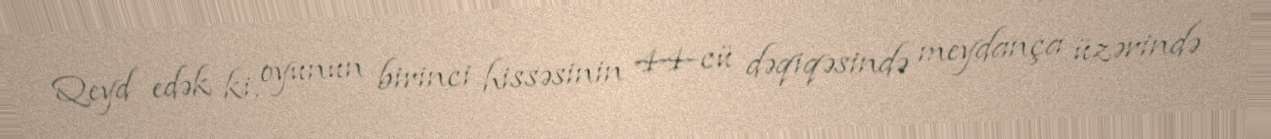
Qeyd edək ki, oyunun birinci hissəsinin 44-cü dəqiqəsində meydança üzərində